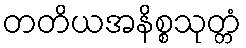
တတိယအနိစ္စသုတ္တံ